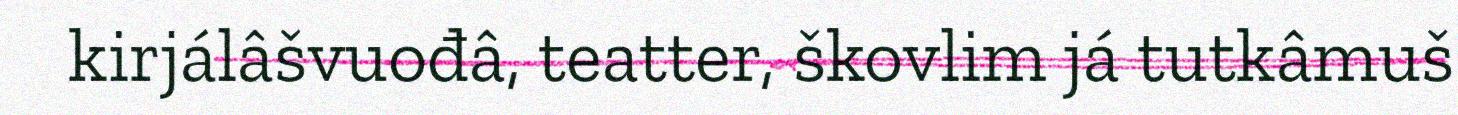
kirjálâšvuođâ, teatter, škovlim já tutkâmuš